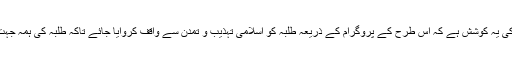
اسکول انتظامیہ کی یہ کوشش ہے کہ اس طرح کے پروگرام کے ذریعہ طلبہ کو اسلامی تہذیب و تمدن سے واقف کروایا جائے تاکہ طلبہ کی ہمہ جہت ترقی ہوسکے ۔